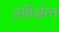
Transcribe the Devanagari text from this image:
हविर्अन्न